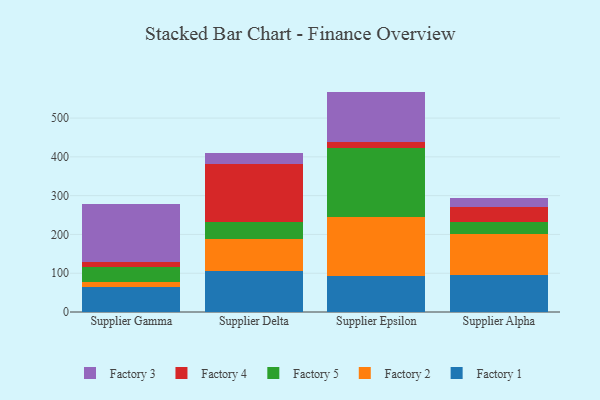
{"axis": {"x": "Supplier", "y": "Active Users"}, "legend": ["Factory 1", "Factory 2", "Factory 3", "Factory 4", "Factory 5"], "data": [{"x": "Supplier Gamma", "y": 63.8, "type": "Factory 1"}, {"x": "Supplier Gamma", "y": 12.5, "type": "Factory 2"}, {"x": "Supplier Gamma", "y": 39.5, "type": "Factory 5"}, {"x": "Supplier Gamma", "y": 12.4, "type": "Factory 4"}, {"x": "Supplier Gamma", "y": 149.3, "type": "Factory 3"}, {"x": "Supplier Delta", "y": 106.9, "type": "Factory 1"}, {"x": "Supplier Delta", "y": 82.6, "type": "Factory 2"}, {"x": "Supplier Delta", "y": 42.3, "type": "Factory 5"}, {"x": "Supplier Delta", "y": 149.1, "type": "Factory 4"}, {"x": "Supplier Delta", "y": 30.3, "type": "Factory 3"}, {"x": "Supplier Epsilon", "y": 92.5, "type": "Factory 1"}, {"x": "Supplier Epsilon", "y": 152.9, "type": "Factory 2"}, {"x": "Supplier Epsilon", "y": 176.2, "type": "Factory 5"}, {"x": "Supplier Epsilon", "y": 17.6, "type": "Factory 4"}, {"x": "Supplier Epsilon", "y": 129.1, "type": "Factory 3"}, {"x": "Supplier Alpha", "y": 95.6, "type": "Factory 1"}, {"x": "Supplier Alpha", "y": 106.4, "type": "Factory 2"}, {"x": "Supplier Alpha", "y": 30.6, "type": "Factory 5"}, {"x": "Supplier Alpha", "y": 38.7, "type": "Factory 4"}, {"x": "Supplier Alpha", "y": 22.9, "type": "Factory 3"}]}